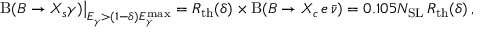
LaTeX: \mathrm { B } ( B \to X _ { s } \gamma ) \big | _ { E _ { \gamma } > ( 1 - \delta ) E _ { \gamma } ^ { \mathrm { m a x } } } = R _ { \mathrm { t h } } ( \delta ) \times \mathrm { B } ( B \to X _ { c } \, e \, \bar { \nu } ) = 0 . 1 0 5 N _ { \mathrm { S L } } \, R _ { \mathrm { t h } } ( \delta ) \, ,